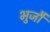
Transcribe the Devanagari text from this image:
भुजौ